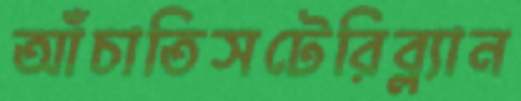
আঁচাতিসটেরিব্ল্যান